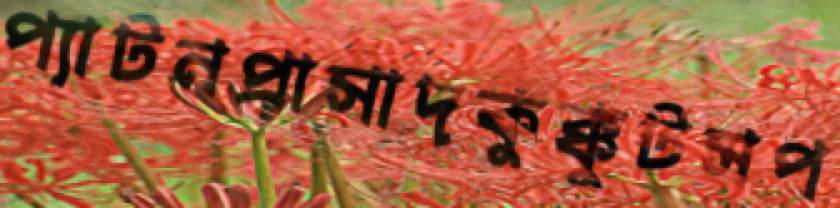
প্যাটনপ্রাসাদকুক্কুটসপ